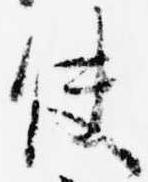
使